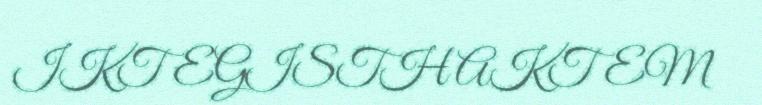
IKTEGISTH AKTEM